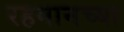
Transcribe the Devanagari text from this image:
रहमानच्या